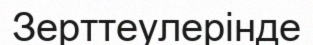
Зерттеулерінде